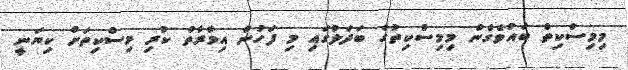
މިމިސްކިތް ބައުވެގެން މިމިސްކިތުގެ ބަދަލުގައި މި ފަހުން އިމާރާތް ކުރި މިސްކިތަށް ކިޔަނީ